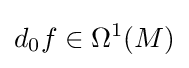
d_{0}f\in \Omega ^{1}(M)